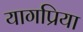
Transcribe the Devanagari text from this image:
यागप्रिया